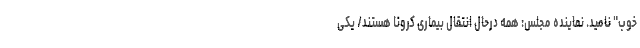
خوب" نامید. نماینده مجلس: همه درحال انتقال بیماری کرونا هستند/ یکی